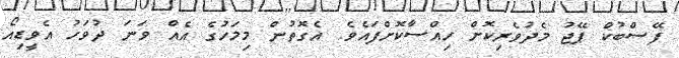
ފޭސްބުކް ޕޭޖު މެދުވެރިކޮށް ހިއްސާކޮށްފައެވެ. އެގޮތުން މިމަހުގެ އެއް ވަނަ ދުވަހު އެވީޑިއޯ